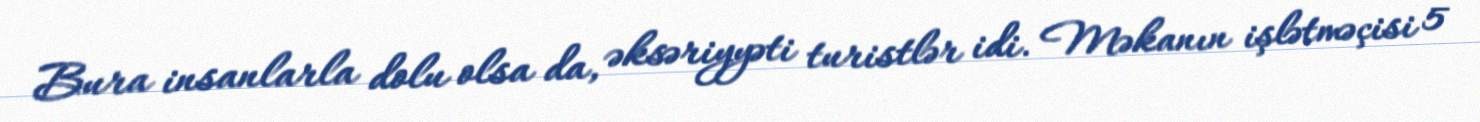
Bura insanlarla dolu olsa da, əksəriyyəti turistlər idi. Məkanın işlətməçisi 5